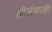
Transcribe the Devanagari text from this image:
श्रीलंकाकी